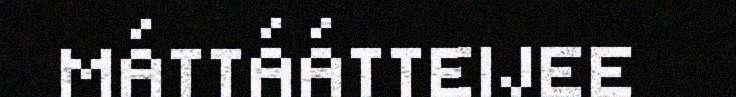
MÁTTÁÁTTEIJEE